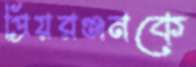
প্রিয়রঞ্জনকে